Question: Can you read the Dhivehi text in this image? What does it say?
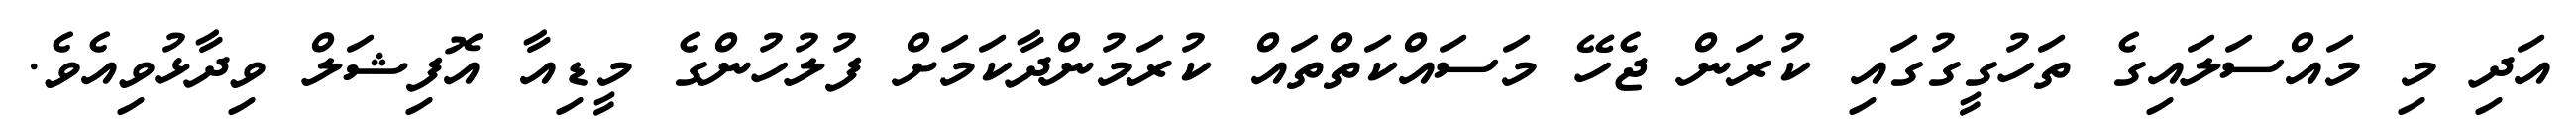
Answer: އަދި މި މައްސަލައިގެ ތަހުގީގުގައި ކުރަން ޖެހޭ މަސައްކަތްތައް ކުރަމުންދާކަމަށް ފުލުހުންގެ މީޑިއާ އޮފިޝަލް ވިދާޅުވިއެވެ.